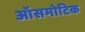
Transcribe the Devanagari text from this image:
ऑसमोटिक